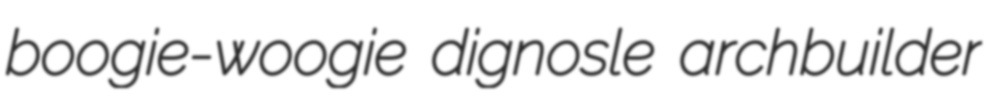
boogie-woogie dignosle archbuilder